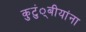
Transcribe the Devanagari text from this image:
कुटुं्बीयांना